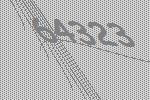
64323